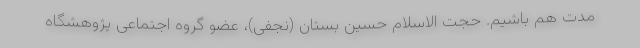
مدت هم باشیم. حجت الاسلام حسین بستان (نجفی)، عضو گروه اجتماعی پژوهشگاه